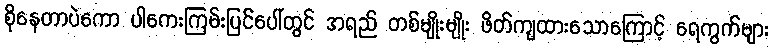
စိုနေတာပဲကော ပါကေးကြမ်းပြင်ပေါ်တွင် အရည် တစ်မျိုးမျိုး ဖိတ်ကျထားသောကြောင့် ရေကွက်များ